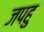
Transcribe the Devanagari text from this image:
जपहु